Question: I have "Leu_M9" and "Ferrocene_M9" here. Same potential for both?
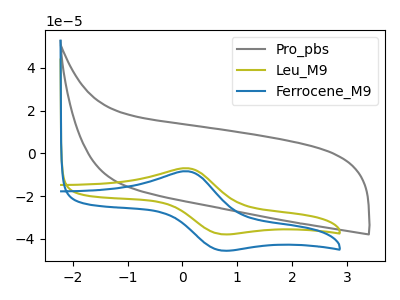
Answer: <think>The gray curve "Pro_pbs" has no peaks. The olive curve "Leu_M9" has an anodic peak at (0.10V, -7.05uA) and a cathodic peak at (0.70V, -37.75uA). The blue curve "Ferrocene_M9" has an anodic peak at (0.10V, -8.45uA) and a cathodic peak at (0.70V, -45.40uA).
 All the peaks in "Leu_M9" have a peak in "Ferrocene_M9" at the same potential.</think>
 <answer>"Leu_M9" and "Ferrocene_M9" are similar in shape.</answer>
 <eval>same_shape</eval>